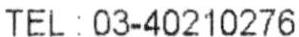
TEL : 03-40210276